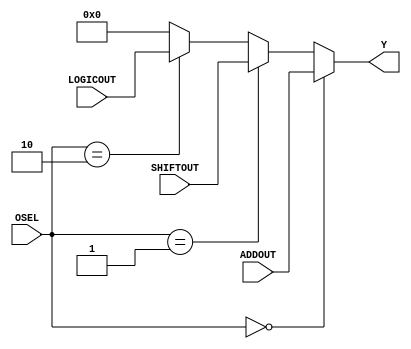
module muxY(ADDOUT, SHIFTOUT, LOGICOUT, OSEL, Y);
	input [1:0]OSEL;
	input [7:0]ADDOUT;
	input [7:0]SHIFTOUT;
	input [7:0]LOGICOUT;
	
	output [7:0] Y;
	
	assign Y=(OSEL==2'b00) ? ADDOUT : (OSEL==2'b01)? SHIFTOUT : (OSEL==2'b10) ? LOGICOUT: 8'b00000000;

endmodule